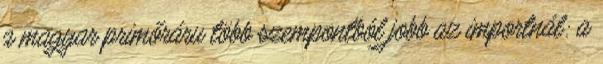
a magyar primőráru több szempontból jobb az importnál: a